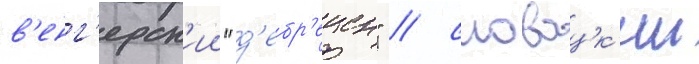
в'енг'ерск'ии "д'ебр'ецен" / словацк'ии